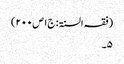
(فقہ السنۃ: ج۱ص۲۰۰)
۵۔